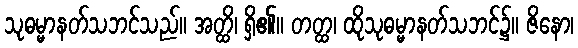
သုဓမ္မာနတ်သဘင်သည်။ အတ္ထိ၊ ရှိ၏။ တတ္ထ၊ ထိုသုဓမ္မာနတ်သဘင်၌။ ဇိနော၊